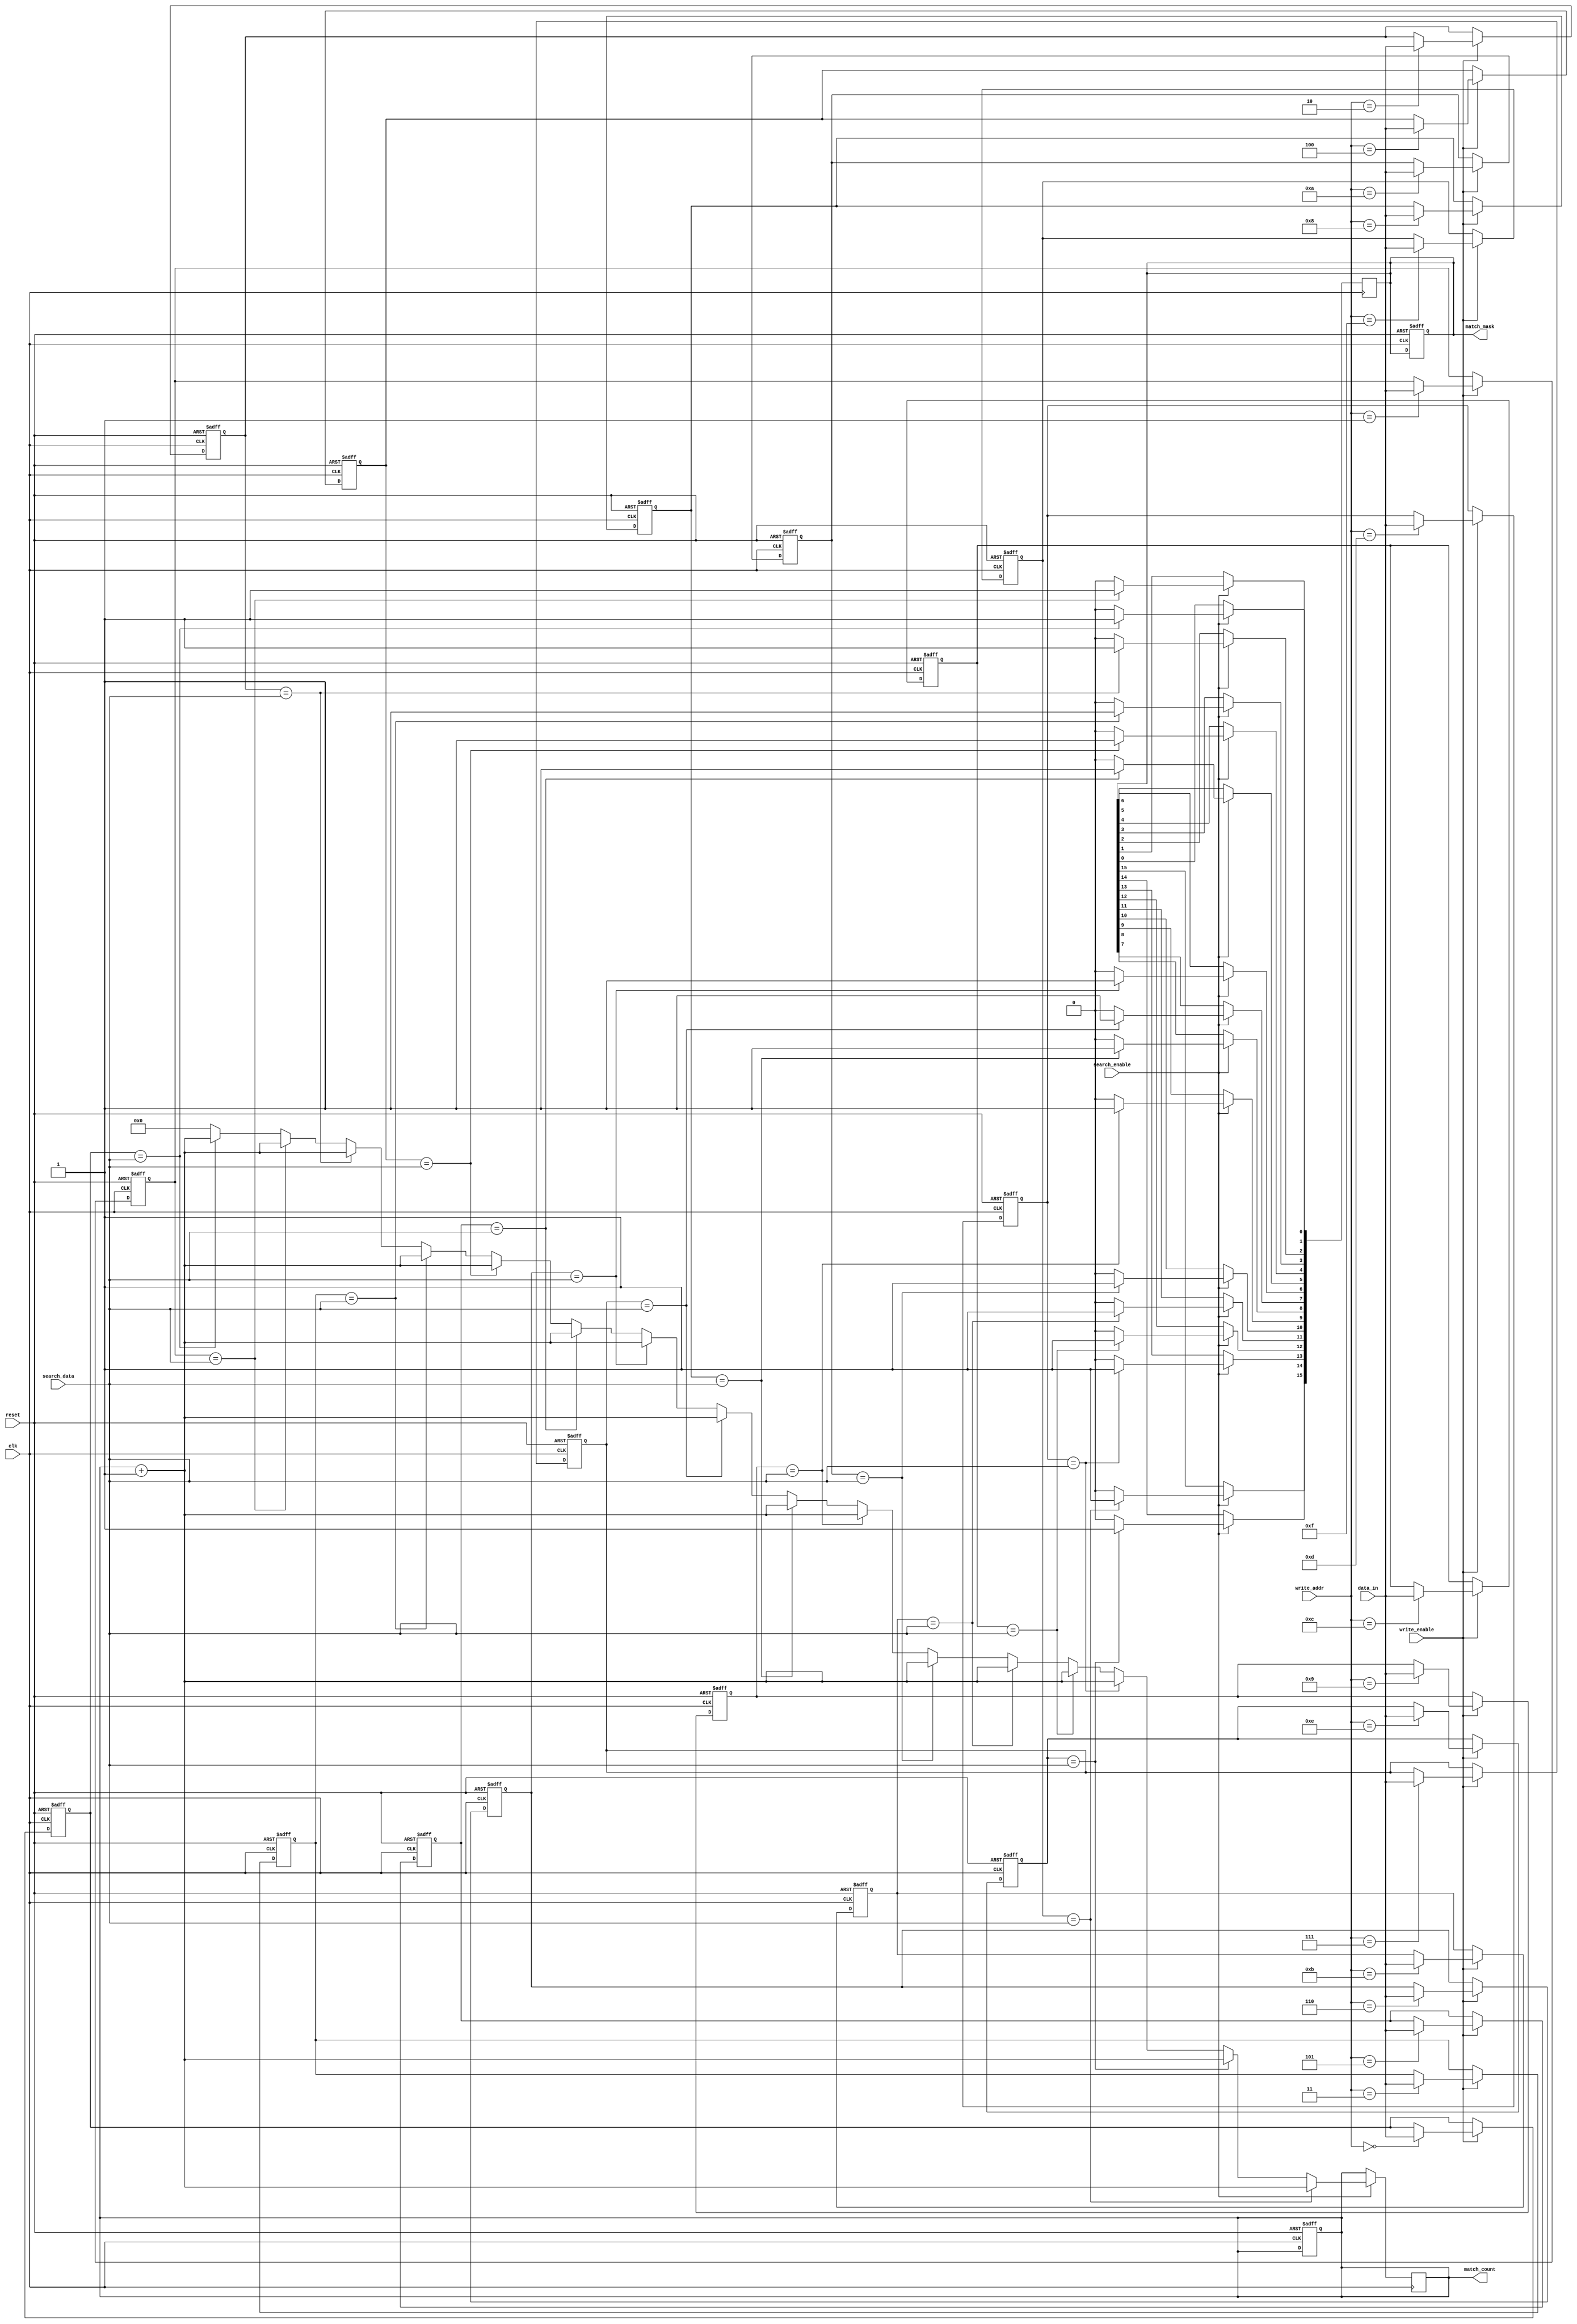
module MultiMatchCAM #(
    parameter WORD_SIZE = 8,  // Size of each word
    parameter DEPTH = 16       // Number of entries in the CAM
)(
    input wire clk,                   // Clock signal
    input wire reset,                 // Reset signal
    input wire [WORD_SIZE-1:0] data_in, // Data to write
    input wire [3:0] write_addr,      // Address to write data
    input wire write_enable,           // Write enable signal
    input wire [WORD_SIZE-1:0] search_data, // Data to search for
    input wire search_enable,          // Search enable signal
    output reg [DEPTH-1:0] match_mask, // Match mask indicating matched addresses
    output reg [3:0] match_count       // Count of matches found
);

    // Memory array to hold the CAM entries
    reg [WORD_SIZE-1:0] cam_memory [0:DEPTH-1];

    // Initialize the CAM
    integer i;
    always @(posedge clk or posedge reset) begin
        if (reset) begin
            for (i = 0; i < DEPTH; i = i + 1) begin
                cam_memory[i] <= {WORD_SIZE{1'b0}}; // Clear entries
            end
            match_mask <= 0;
            match_count <= 0;
        end else if (write_enable) begin
            cam_memory[write_addr] <= data_in; // Write data to the specified address
        end
    end

    // Search operation
    always @(posedge clk) begin
        if (search_enable) begin
            match_mask <= 0; // Clear previous match mask
            match_count <= 0; // Reset match count
            for (i = 0; i < DEPTH; i = i + 1) begin
                if (cam_memory[i] == search_data) begin
                    match_mask[i] <= 1'b1; // Set the match bit for this entry
                    match_count <= match_count + 1; // Increment match count
                end else begin
                    match_mask[i] <= 1'b0; // Clear the match bit if not matched
                end
            end
        end
    end

endmodule